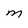
Character: M